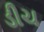
ડીચ